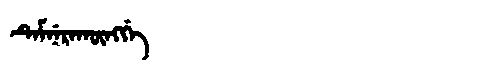
Manchu: ᡨᡝᠮᠨᡝᡵᠠᡴᡡᠩᡤᡝ
Romanization: TEMNERAKŪNGGE